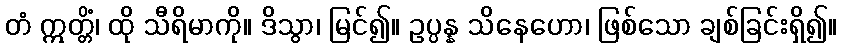
တံ ဣတ္တိံ၊ ထို သီရိမာကို။ ဒိသွာ၊ မြင်၍။ ဥပ္ပန္န သိနေဟော၊ ဖြစ်သော ချစ်ခြင်းရှိ၍။